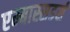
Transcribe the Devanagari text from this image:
एम्बास्सडर्स